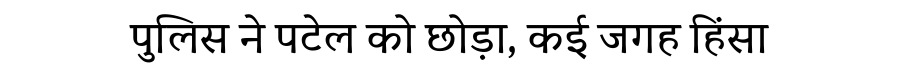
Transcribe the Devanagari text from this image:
पुलिस ने पटेल को छोड़ा, कई जगह हिंसा